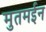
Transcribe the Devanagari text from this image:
मुतमईन